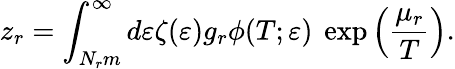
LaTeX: z_{r}=\int_{N_{r}m}^{\infty}d\varepsilon\zeta(\varepsilon)g_{r}\phi(T;\varepsilon)\ \exp\left(\frac{\mu_{r}}{T}\right).